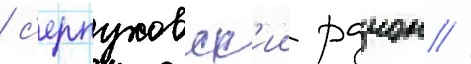
/ с'ерпуховск'ии раион //